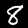
Label: 8